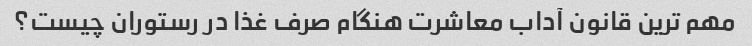
مهم ترین قانون آداب معاشرت هنگام صرف غذا در رستوران چیست؟